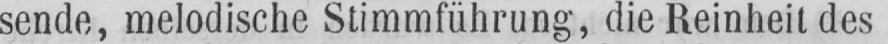
sende, melodische Stimmführung, die Reinheit des